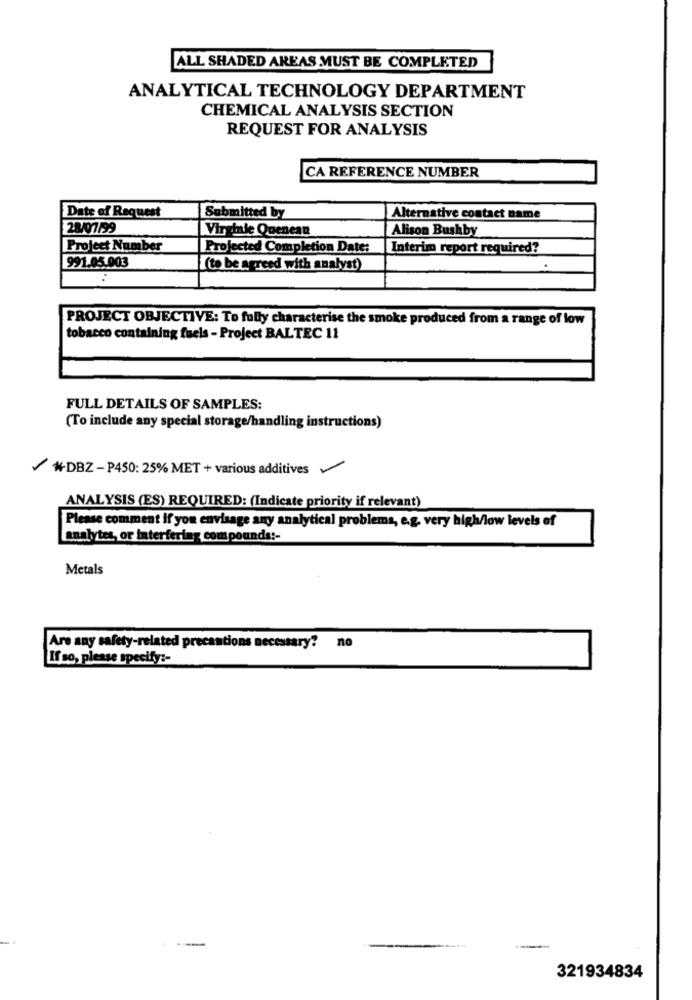
ALL SHADED AREAS MUST BE COMPLETED
ANALYTICAL TECHNOLOGY DEPARTMENT
CHEMICAL ANALYSIS SECTION
REQUEST FOR ANALYSIS
CA REFERENCE NUMBER
Date of Request
Submitted by
Alternative contact name
28/07/99
Virginie Quenean
Alison Bushby
Project Number
Projected Completion Date:
Interim report required?
991.05.903
(to be agreed with analyst)
PROJECT OBJECTIVE: To fully characterise the smoke produced from a range of low
tobacco containing fuels - Project BALTEC 11
FULL DETAILS OF SAMPLES:
(To include any special storage/handling instructions)
*DBZ - P450: 25% MET + various additives
ANALYSIS (ES) REQUIRED: (Indicate priority if relevant)
Please comment if you envisage any analytical problems, e.g. very high/low levels of
analytes, or interfering compounds !-
Metals
Are any safety-related precautions necessary? no
If so, please specify :-
321934834